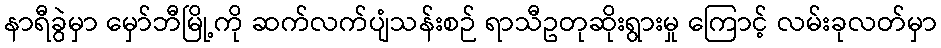
နာရီခွဲမှာ မှော်ဘီမြို့ကို ဆက်လက်ပျံသန်းစဉ် ရာသီဥတုဆိုးရွားမှု ကြောင့် လမ်းခုလတ်မှာ